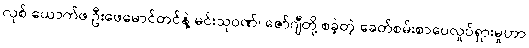
လုစ် ယောက်ဖ ဦးဖေမောင်တင်နဲ့ မင်းသုဝဏ်၊ ဇော်ဂျီတို့ စခဲ့တဲ့ ခေတ်စမ်းစာပေလှုပ်ရှားမှုဟာ